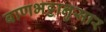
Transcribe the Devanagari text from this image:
बाणभट्टानुसार